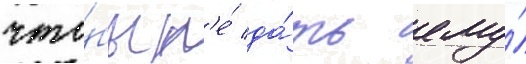
что́бы н'е́ да́ть ему́